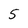
Character: 5